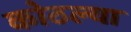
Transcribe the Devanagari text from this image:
कोठल्या